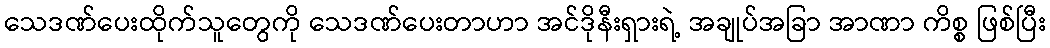
သေဒဏ်ပေးထိုက်သူတွေကို သေဒဏ်ပေးတာဟာ အင်ဒိုနီးရှားရဲ့ အချုပ်အခြာ အာဏာ ကိစ္စ ဖြစ်ပြီး